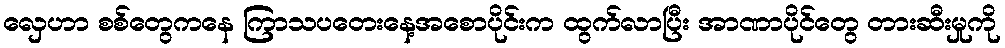
လှေဟာ စစ်တွေကနေ ကြာသပတေးနေ့အစောပိုင်းက ထွက်လာပြီး အာဏာပိုင်တွေ တားဆီးမှုကို